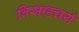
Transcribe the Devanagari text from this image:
विसाहचर्य